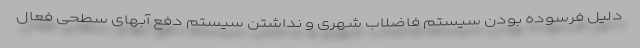
دلیل فرسوده بودن سیستم فاضلاب شهری و نداشتن سیستم دفع آبهای سطحی فعال